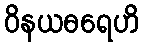
ဝိနယဓရေဟိ